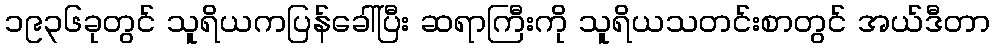
၁၉၃၆ခုတွင် သူရိယကပြန်ခေါ်ပြီး ဆရာကြီးကို သူရိယသတင်းစာတွင် အယ်ဒီတာ